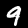
Digit: 9